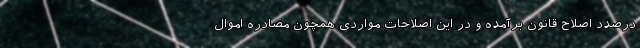
درصدد اصلاح قانون برآمده و در این اصلاحات مواردی همچون مصادره اموال